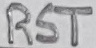
Text: RST